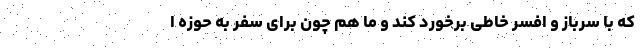
که با سرباز و افسر خاطی برخورد کند و ما هم چون برای سفر به حوزه ا